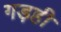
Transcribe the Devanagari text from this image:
गड़ही